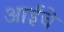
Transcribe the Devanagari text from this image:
अाईचे